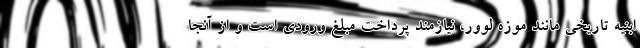
ابنیه تاریخی مانند موزه لوور، نیازمند پرداخت مبلغ ورودی است و از آنجا